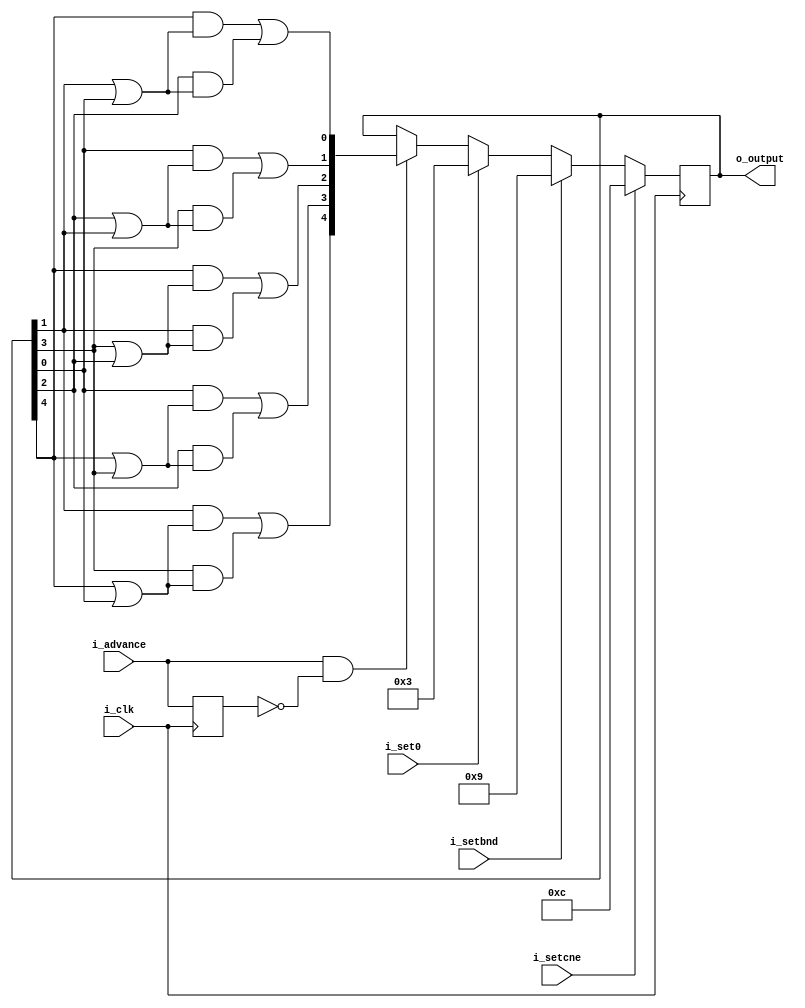
// "2 of 5" decade counter.
// ald: 33.23.00.0
// based on sequence from pdf page 98
// of Y24-3503-0_2821_Field_Engineering_Maintenance_Diagrams_Dec68.pdf
//	abcde	xfer	daceb	hammer
//	10010	1	11000	4
//	10001	2	01010	7
//	01001	3	00011	0	set3
//	11000	4	01001	3
//	10100	5	01100	6
//	01100	6	00101	9	set6
//	01010	7	10001	2
//	00110	8	10100	5
//	00101	9	00110	8
//	00011	0	10010	1	set0
// pdf page 100 shows the intended binary interpretation
// on pdf page 98 (and many other places); observe the pentagram
//	"buffer ring stepping sequence".
//	vertices A B C D E mark 1 bits; connecting lines between any
//	two labelled with 0-9 indicating corresponding values.
// on pdf page 126 top left corner observe table w/ cols "pos" "2/5"
//	(turned 90 degrees clockwise)
// three "set" cases; i_set0 sets to value "0" (00011).
//	0	bnd	cne	abcdd
//	1	0	0	00011	set0	1
//	0	1	0	01001	set3	0
//	0	1	1	01100	set6	9
// in the ald, bnd is 'set 0 and 9', cne is 'set9'
`default_nettype   none
module decade14(i_clk,
	i_set0,
	i_setbnd,
	i_setcne,
	i_advance,
	o_output);

input wire i_clk;
input wire i_set0;
input wire i_setbnd;
input wire i_setcne;
input wire i_advance;

output reg [4:0] o_output;

reg last_advance;
wire [4:0] next_output;
wire a,b,c,d,e;
wire [4:0] out_plus_1;
wire set3;
wire set6;
wire advance;

assign {a,b,c,d,e} = o_output;
assign out_plus_1 = {
	d & (a | e) | b & (a | e),
	e & (a | b) | c & (a | b),
	a & (b | c) | d & (b | c),
	e & (c | d) | b & (c | d),
	a & (d | e) | c & (d | e)
};
assign set3 = i_setbnd;
assign set6 = i_setcne;
assign advance = i_advance & ~last_advance;

assign next_output = set6 ? 5'b1100 :
	set3 ? 5'b1001 :
	i_set0 ? 5'b11 :
	advance ? out_plus_1 :
	o_output;

always @(posedge i_clk) begin
	last_advance <= i_advance;
	o_output <= next_output;
end

endmodule